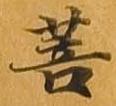
菩